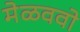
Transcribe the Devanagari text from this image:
मेळववो